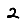
Digit: 2